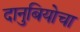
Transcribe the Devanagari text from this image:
दानुबियोचा